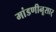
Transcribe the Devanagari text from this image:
मांडणीनूसार्